Civil Veterinary Department. United Provinces 1912-22 - 1912-1922
Year: 1912
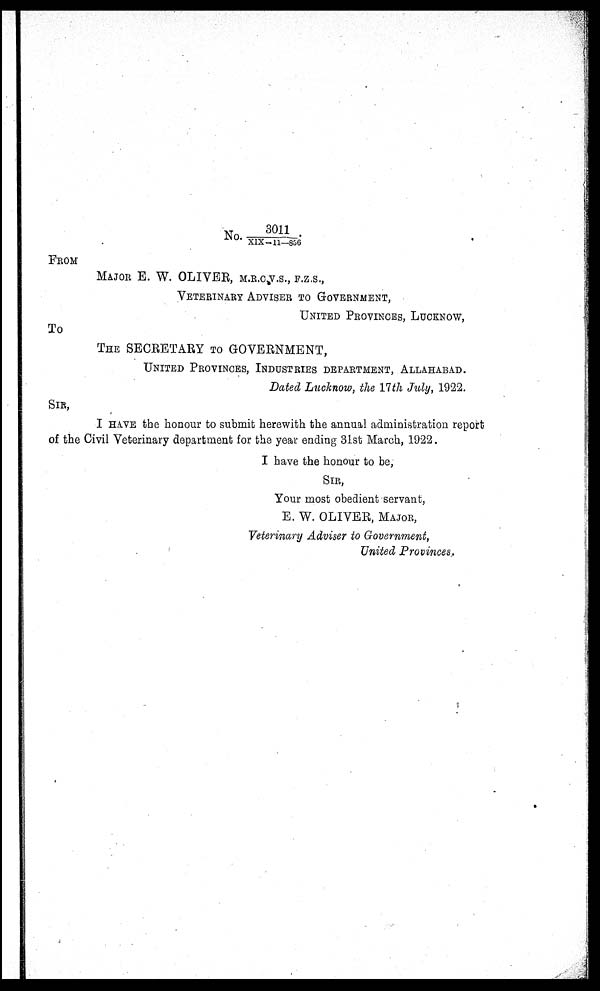
No. 3011/XIX-11—856.
FROM
MAJOR E. W. OLIVER, M.R.C.V.S., F.Z.S.,
VETERINARY ADVISER TO GOVERNMENT,
UNITED PROVINCES, LUCKNOW,
To
THE SECRETARY TO GOVERNMENT,
UNITED PROVINCES, INDUSTRIES DEPARTMENT, ALLAHABAD.
Dated Lucknow, the 11th July, 1922.
SIR,
I HAVE the honour to submit herewith the annual administration report
of the Civil Veterinary department for the year ending 31st March, 1922.
I have the honour to be,
SIR,
Your most obedient servant,
E. W. OLIVER, MAJOR,
Veterinary Adviser to Government,
United Provinces.